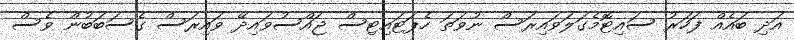
އަދި ބައެއް ފަހަރު ސައިޓޮމެގަލަވައިރަސް ނުވަތަ ހެޕަޓައިޓިސް ޖައްސުވައިދޭ ވައިރަސް ގެސަބަބުން ވެސް